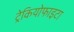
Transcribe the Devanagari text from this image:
ट्रेकियोफाइटा